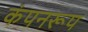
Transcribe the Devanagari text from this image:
कंपनरूप